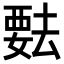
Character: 𬡺